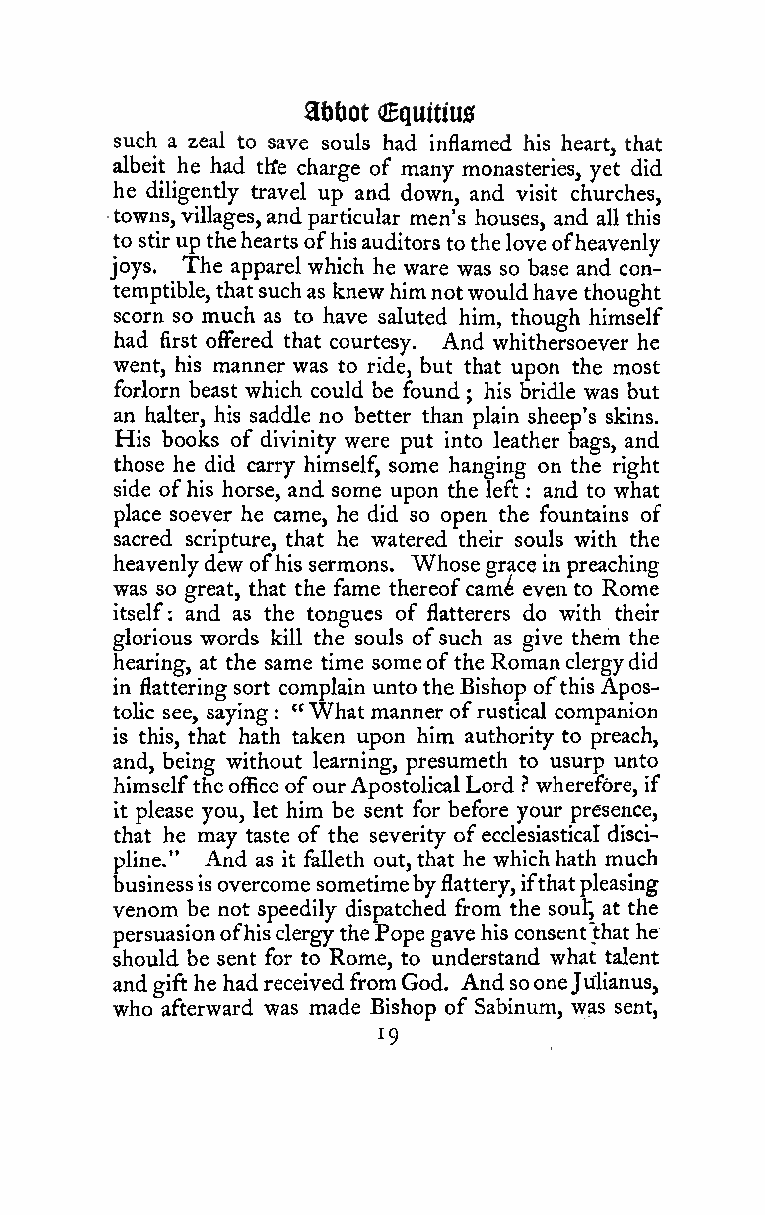
Sbtot (Cguitiuis
 such a zeal to save souls had inflamed his heart, that
 albeit he had tlfe charge of many monasteries, yet did
 he diligently travel up and down, and visit churches,
 towns,villages,and particular men's houses, and all this
 to stirup thehearts ofhisauditors totheloveofheavenly
 joys. The apparel which he ware was so base and con-
 temptible,thatsuchas knewhimnotwouldhave thought
 scorn so much as to have saluted him, though himself
 had first oiFered that courtesy. And whithersoever he
 went, his manner was to ride, but that upon the most
 forlorn beast which could be found his bridle was but
 ;
 an halter, his saddle no better than plain sheep's skins.
 His books of divinity were put into leather bags, and
 those he did carry himself, some hanging on the right
 side ofhis horse, and some upon the left : and to what
 place soever he came, he did so open the fountains of
 sacred scripture, that he watered their souls with the
 heavenlydew ofhis sermons. Whose grace in preaching
 was so great, that the fame thereofcam^ even to Rome
 itself: and as the tongues of flatterers do with their
 glorious words kill the souls ofsuch as give them the
 hearing, at the same time someofthe Romanclergydid
 in flattering sort complain unto the Bishop ofthis Apos-
 tolic see, saying "Whatmanner ofrustical companion
 :
 is this, that hath taken upon him authority to preach,
 and, being without learning, presumeth to usurp unto
 himselftheoffice ofourApostolicalLord .•' wherefore, if
 it please you, let him be sent for before your presence,
 that he may taste of the severity ofecclesiastical disci-
 pline." And as it falleth out, that he whichhath much
 businessisovercome sometimebyflattery,ifthatpleasing
 venom be not speedily dispatched from the soul^ at the
 persuasionofhisclergythePopegave his consent thathe
 should be sent for to Rome, to understand what talent
 andgifthe hadreceived fromGod. And sooneJu'lianus,
 who afterward was made Bishop of Sabinum, was sent,
 19